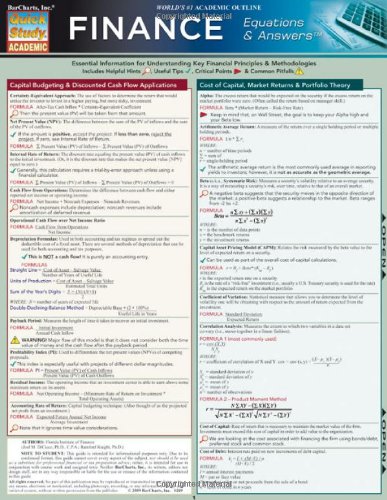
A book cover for Finance Equations & Answers (Quickstudy: Academic); Inc. BarCharts; Business & Money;